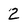
Character: 2